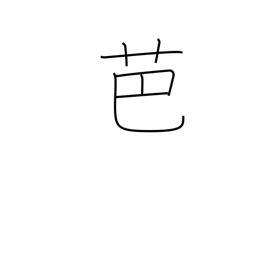
Meaning: banana